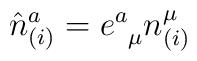
{\hat{n}}^a_{(i)}=e^a_{\;\;\mu}n^{\mu}_{(i)}